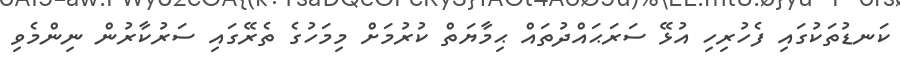
ކަނޑުތަކުގައި ފެހުރިހި އުޅޭ ސަރަޙައްދުތައް ޙިމާޔަތް ކުރުމަށް މިމަހުގެ ތެރޭގައި ސަރުކާރުން ނިންމެވި